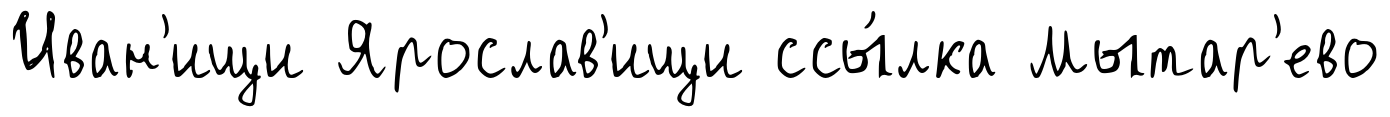
Иван'ищи Ярослав'ищи ссы́лка Мытар'ево